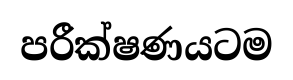
පරීක්ෂණයටම